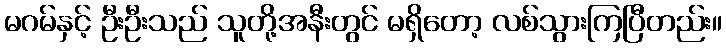
မဂမ်နှင့် ဦးဦးသည် သူတို့အနီးတွင် မရှိတော့ လစ်သွားကြပြီတည်း။